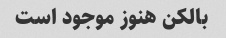
بالکن هنوز موجود است